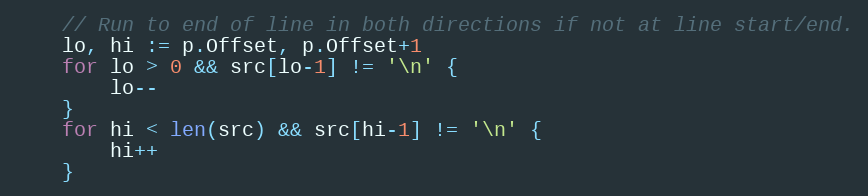
Language: Go
	// Run to end of line in both directions if not at line start/end.
	lo, hi := p.Offset, p.Offset+1
	for lo > 0 && src[lo-1] != '\n' {
		lo--
	}
	for hi < len(src) && src[hi-1] != '\n' {
		hi++
	}